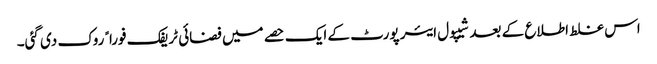
اس غلط اطلاع کے بعد شیپول ایئر پورٹ کے ایک حصے میں فضائی ٹریفک فوراﹰ روک دی گئی۔